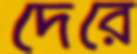
দেরে